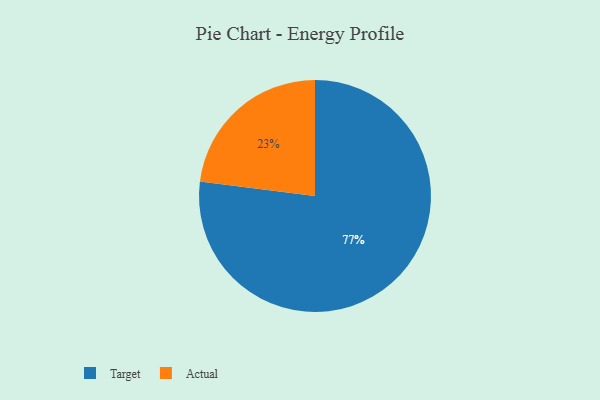
{"axis": {"x": "Category", "y": "Percentage"}, "legend": ["Actual", "Target"], "data": [{"x": "Actual", "y": 23, "type": "Actual"}, {"x": "Target", "y": 77, "type": "Target"}]}